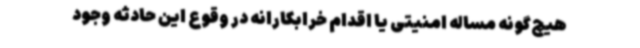
هیچ‌گونه مساله امنیتی یا اقدام خرابکارانه در وقوع این حادثه وجود